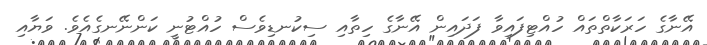
އޭނާގެ ހަރަކާތްތައް ހުއްޓިފައިވާ ފަދައިން އޭނާގެ ހިތާއި ސިކުނޑިވެސް ހުއްޓުނީ ކަންނޭނގެއެވެ. ވަޔާއި